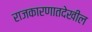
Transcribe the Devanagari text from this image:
राजकारणातदेखील